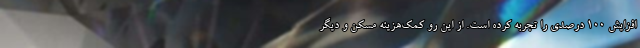
افزایش ۱۰۰ درصدی را تجربه کرده است. از این رو کمک‌هزینه مسکن و دیگر